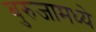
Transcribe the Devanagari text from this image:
बुरुजामध्ये